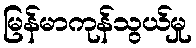
မြန်မာကုန်သွယ်မှု